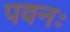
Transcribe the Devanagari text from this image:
पवनः